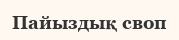
Пайыздық своп